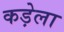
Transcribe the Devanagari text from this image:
कड़ेला